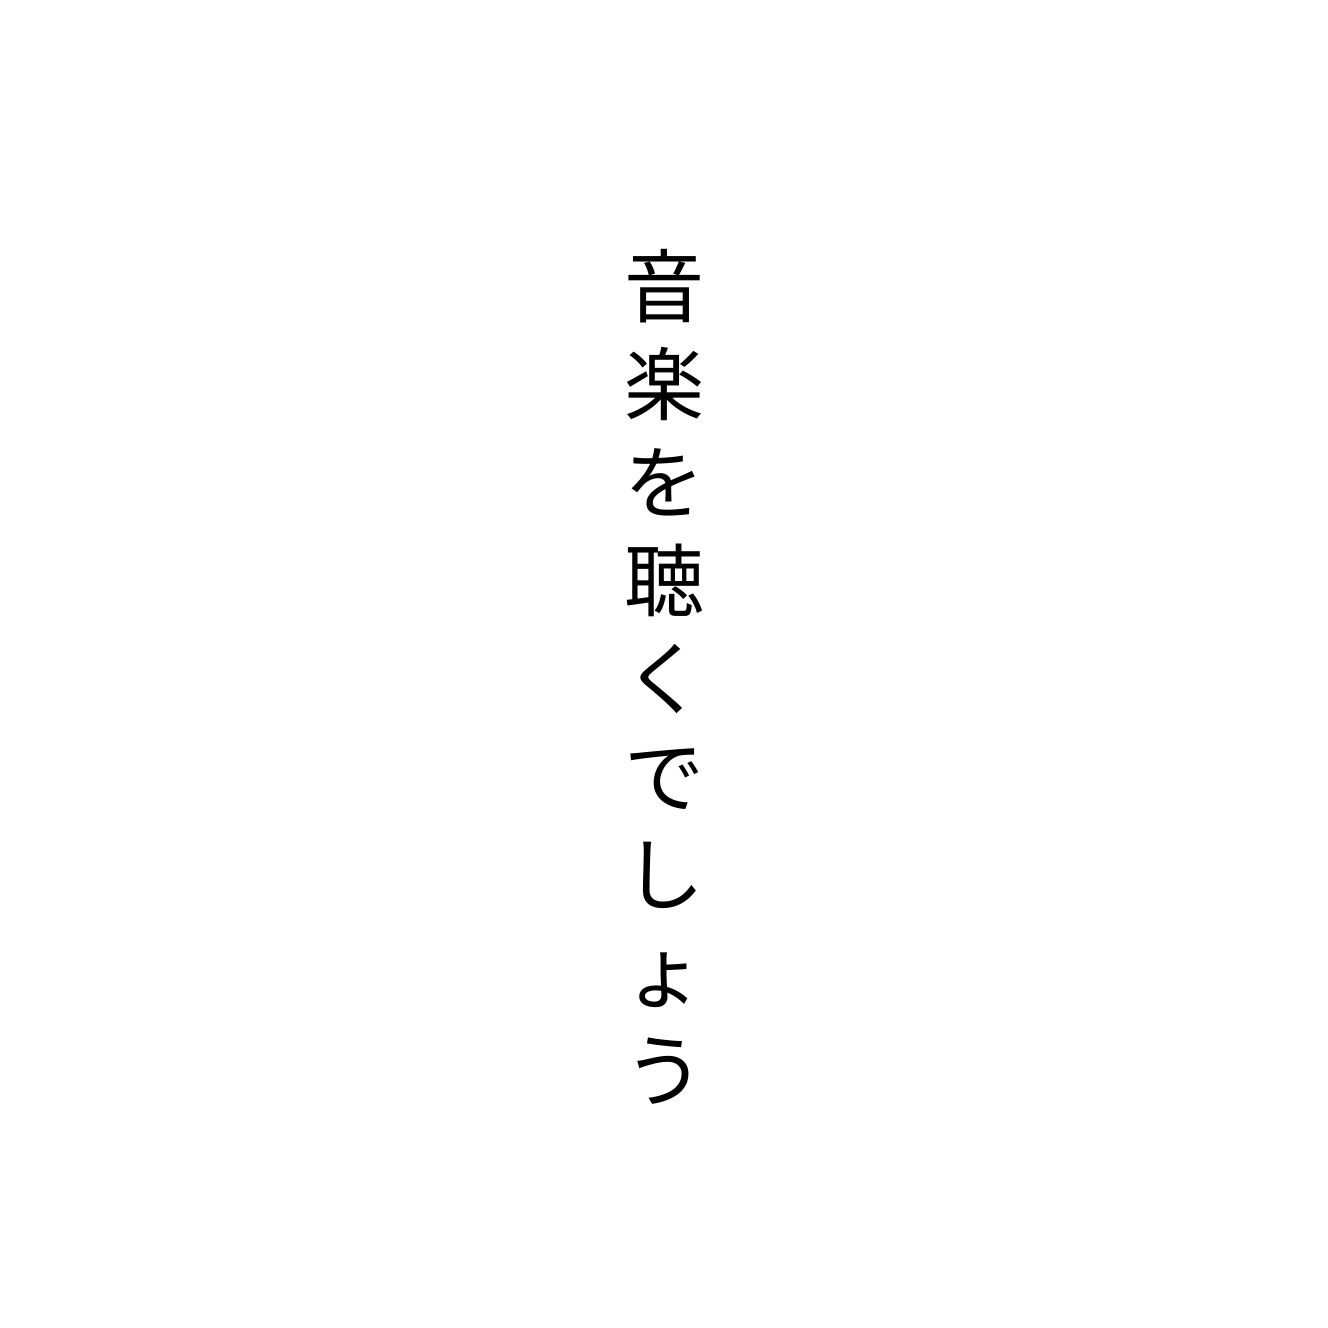
音楽を聴くでしょう